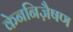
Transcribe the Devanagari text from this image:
केननिज़ैषण